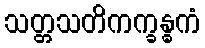
သတ္တသတိကက္ခန္ဓကံ